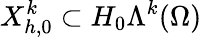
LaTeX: X_{h,0}^{k}\subset H_{0}\Lambda^{k}(\Omega)